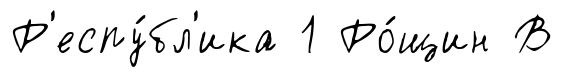
Р'еспу́бл'ика 1 Ро́щин В